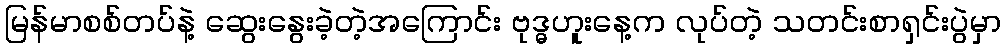
မြန်မာစစ်တပ်နဲ့ ဆွေးနွေးခဲ့တဲ့အကြောင်း ဗုဒ္ဓဟူးနေ့က လုပ်တဲ့ သတင်းစာရှင်းပွဲမှာ